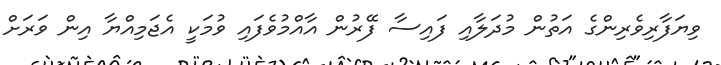
ވިޔަފާރިވެރިންގެ އަތުން މުދަލާއި ފައިސާ ފޭރުން އާއްމުވެފައި ވުމަކީ އެޖަމިއްޔާ އިން ވަރަށް